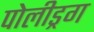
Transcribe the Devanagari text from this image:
पोलीड्रग